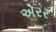
એરર